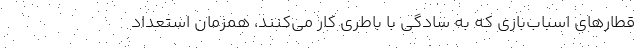
قطارهای اسباب‌بازی که به سادگی با باطری کار می‌کنند،‌ همزمان استعداد‌